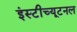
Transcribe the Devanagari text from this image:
इंस्टीच्यूटनल